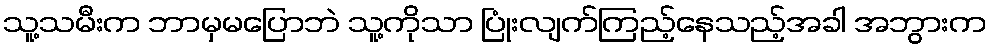
သူ့သမီးက ဘာမှမပြောဘဲ သူ့ကိုသာ ပြုံးလျက်ကြည့်နေသည့်အခါ အဘွားက